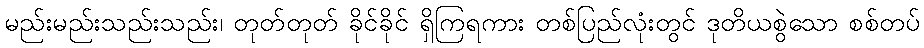
မည်းမည်းသည်းသည်း၊ တုတ်တုတ် ခိုင်ခိုင် ရှိကြရကား တစ်ပြည်လုံးတွင် ဒုတိယစွဲသော စစ်တပ်